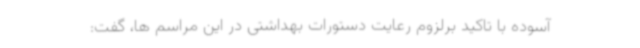
آسوده با تاکید برلزوم رعایت دستورات بهداشتی در این مراسم ها، گفت: